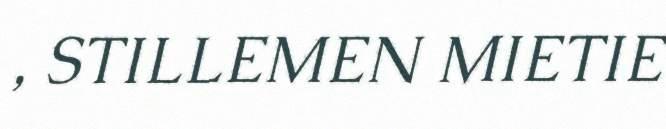
, STILLEMEN MIETIE